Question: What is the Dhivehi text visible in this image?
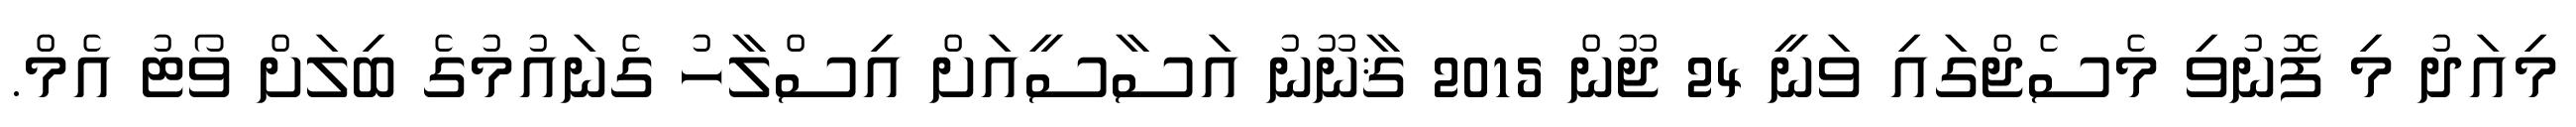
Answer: މިއަދު މި ފޮނުވި މެސެޖްގައި ވަނީ 24 ޖޫން 2015 ޤާނޫނު އަސާސީއަށް އިސްލާހު ގެނައުމުގެ ބިލަށް ވޯޓު އެމް.